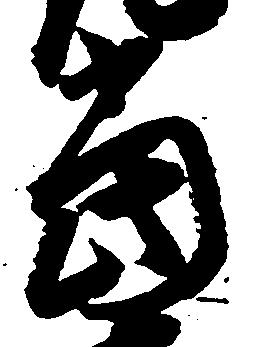
当